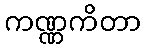
ကဏ္ဏကိတာ